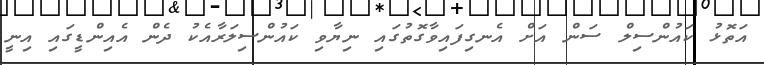
އަތޮޅު ކައުންސިލް ސަން އަށް އެނގިފައިވާގޮތުގައި ނިޔާވި ކައުންސިލަރާއެކު ދެން އެއިންޑީގައި އިނީ